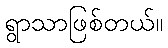
ရွာသာဖြစ်တယ်။